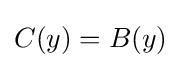
C(y)=B(y)